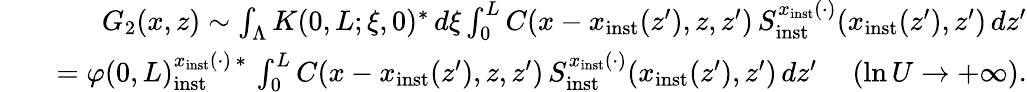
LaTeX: \begin{array}{rlr}&{}&{G_{2}(x,z)\sim\int_{\Lambda}K(0,L;\xi,0)^{\ast}\, d\xi\int_{0}^{L}C(x-x_{\mathrm{inst}}(z^{\prime}),z,z^{\prime})\, S_{\mathrm{inst}}^{x_{\mathrm{inst}}(\cdot)}(x_{\mathrm{inst}}(z^{\prime}),z^{\prime})\, dz^{\prime}}\\ &{}&{=\varphi(0,L)_{\mathrm{inst}}^{x_{\mathrm{inst}}(\cdot)\, \ast}\, \int_{0}^{L}C(x-x_{\mathrm{inst}}(z^{\prime}),z,z^{\prime})\, S_{\mathrm{inst}}^{x_{\mathrm{inst}}(\cdot)}(x_{\mathrm{inst}}(z^{\prime}),z^{\prime})\, dz^{\prime}\ \ \ \ \ (\ln U\to+\infty).}\end{array}